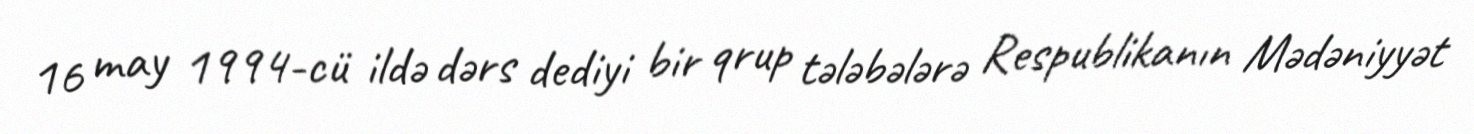
16 may 1994-cü ildə dərs dediyi bir qrup tələbələrə Respublikanın Mədəniyyət